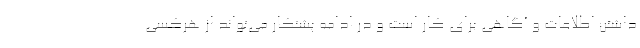
داشتن اطلاعات و آگاهی برای کار است و در ادامه پشتکار می‌تواند از هرکسی